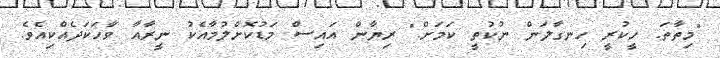
"މިތާތަ. ހީކުރީ ހިނގާލަން ނުކުތީ ކަމަށް." ރިޔާން އައިސް މަޑުކޮށްލުމާއެކު ނީރާއާ ވާހަކަދެއްކިއެވެ.